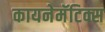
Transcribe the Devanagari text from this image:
कायनेमॅटिक्स